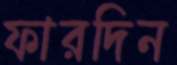
ফারদিন